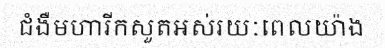
ជំងឺមហារីកសួតអស់រយៈពេលយ៉ាង